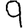
Digit: 9